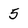
Character: 5